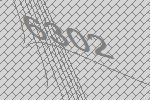
6302